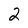
Character: 2